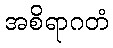
အစိရာဂတံ